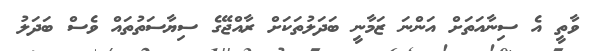
ވާތީ އެ ސިނާއަތަށް އަންނަ ޒަމާނީ ބަދަލުތަކަށް ރާއްޖޭގެ ސިޔާސަތުތައް ވެސް ބަދަލު